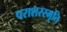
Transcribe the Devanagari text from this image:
पराशरस्मृति